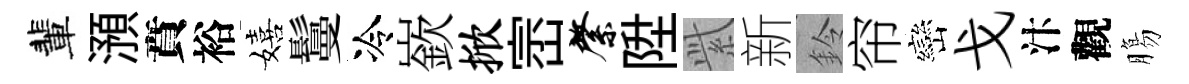
輩澦賁裕嬉鬘冷嶔掀崈綮陞𬗋新鈴帘巒戈汴觀膓